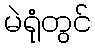
မဲရုံတွင်